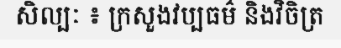
សិល្បៈ ៖ ក្រសួងវប្បធម៌ និងវិចិត្រ